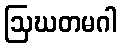
ဩဃတမဂါ